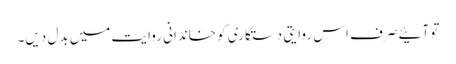
تو آئیے صرف اس روایتی دستکاری کو خاندانی روایت میں بدل دیں۔